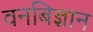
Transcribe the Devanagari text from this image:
वनबिज्ञान